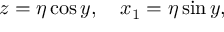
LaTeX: z = \eta \cos y , \quad x _ { 1 } = \eta \sin y ,